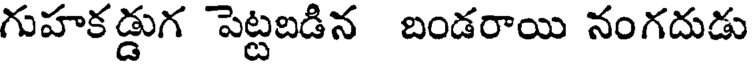
గుహకడ్డుగ పెట్టబడిన బండరాయి నంగదుడు